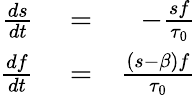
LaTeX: \begin{array}{rlr}{\frac{ds}{dt}}&{{}=}&{-\frac{sf}{\tau_{0}}}\\ {\frac{df}{dt}}&{{}=}&{\frac{(s-\beta)f}{\tau_{0}}}\end{array}